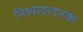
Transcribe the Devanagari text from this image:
मिथ्यावादनके